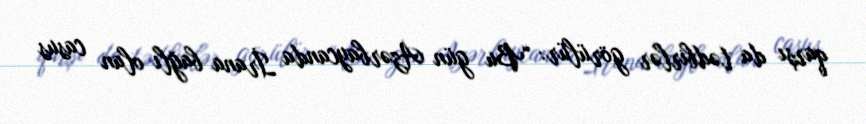
qarşı da tədbirlər görülür: “Bu gün Azərbaycanda İrana bağlı olan casus